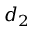
d _ { 2 }